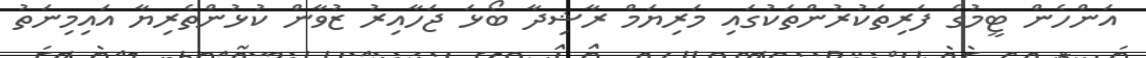
އަންހެން ޓީމުގެ ފަރިތަކުރުންތަކުގައި މަރިޔަމް ރާޝިދާ ބޯޅަ ޖަހާއިރު ޒުވާން ކުޅުންތެރިޔާ އައިމިނަތު